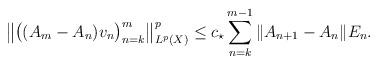
LaTeX: \begin{align*}\big\|\big ( (A_m - A_n ) v_n \big )_{n=k}^m \big\|_{L^p(X)}^p\le c_\star\sum_{n=k}^{m-1}\|A_{n+1} - A_n\|E_n.\end{align*}